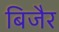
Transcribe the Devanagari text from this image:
बिजैर